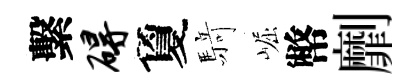
繫碍夐𮪍崛幣劘